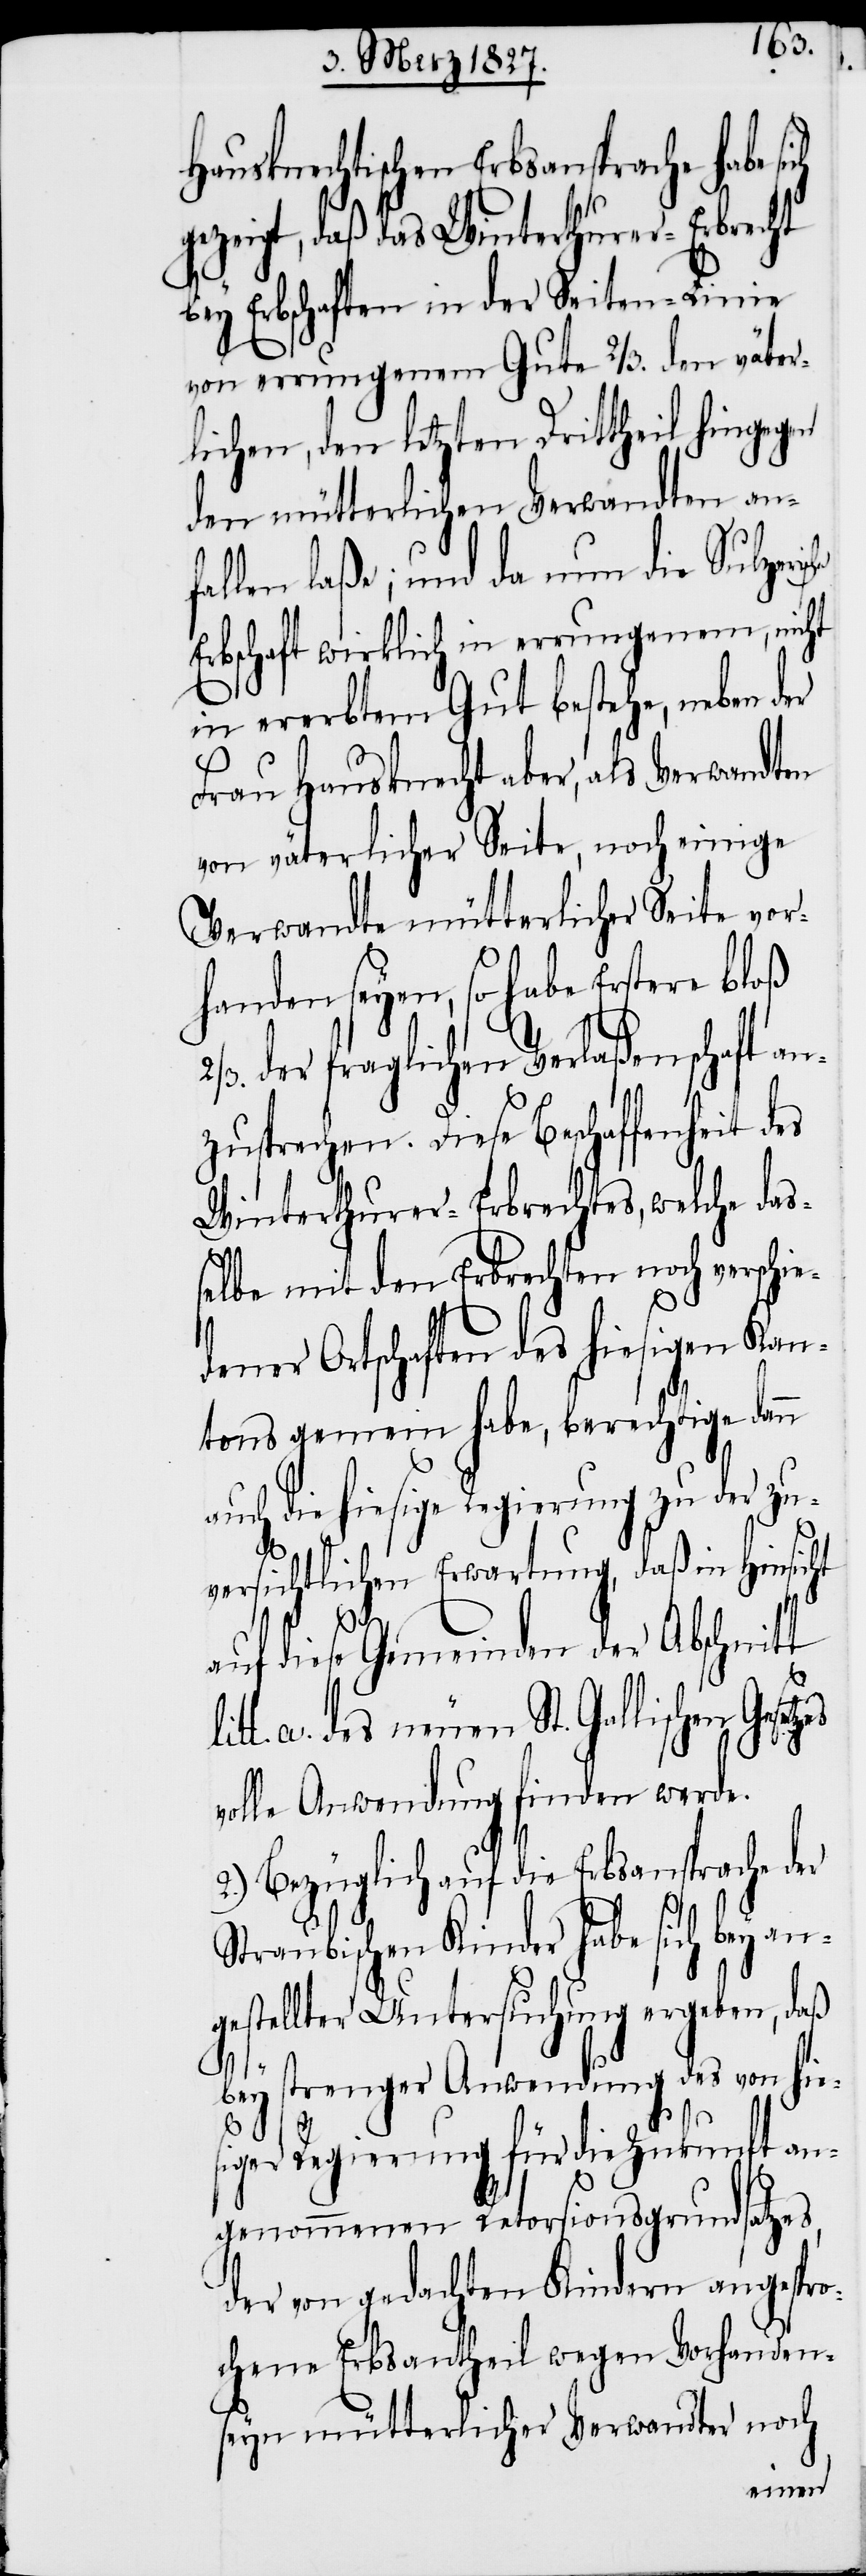
Hausknechtischen Erbsansprache habe si¬
zeigt, daß das Winterthurer-Erbrecht
bey Erbschaften in der Seiten-Linie
von errungenem Gute 2/3. den väter¬
lichen, den letzten Drittheil hingegen
den mütterlichen Verwandten anf¬
allen laße; und da nun die Sulzer¬
Erbschaft wirklich in errungenem, nicht
in ererbtem Gut bestehe, neben d¬
Frau Hausknecht aber, als Verwandten
von väterlicher Seite, noch einige
Verwandte mütterlicher Seite vor¬
handen seyen, so habe Erstere bloß
der fraglichen Verlaßenschaft an¬
zusprechen. Diese Beschaffenheit des
Winterthurer-Erbrechtes, welche das¬
selbe mit den Erbrechten noch versch¬
dener Ortschaften des hiesigen Kan¬
tons gemein habe, berechtige dann
auch die hiesige Regierung zu der zu¬
ch bey
versichtlichen Erwartung, daß
in
auf diese Gemeinden der Abschnitt
tt. a. des neuen St. Gallischen Ge¬
olle Anwendung finden werde.
2.) Bezüglich auf die Erbsansprache
an¬
Straubischen Kinder habe si¬
gestellter Untersuchung ergeben, daß
bey strenger Anwendung des von hie¬
siger Regierung für die Zukunft an¬
genommenen Retorsionsgrundsatzes,
der von gedachten Kindern angespr¬
ochene Erbsantheil wegen Vorhanden¬
seyn mütterlicher Verwandter noch